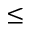
\leq